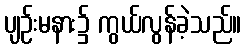
ပျဉ်းမနား၌ ကွယ်လွန်ခဲ့သည်။